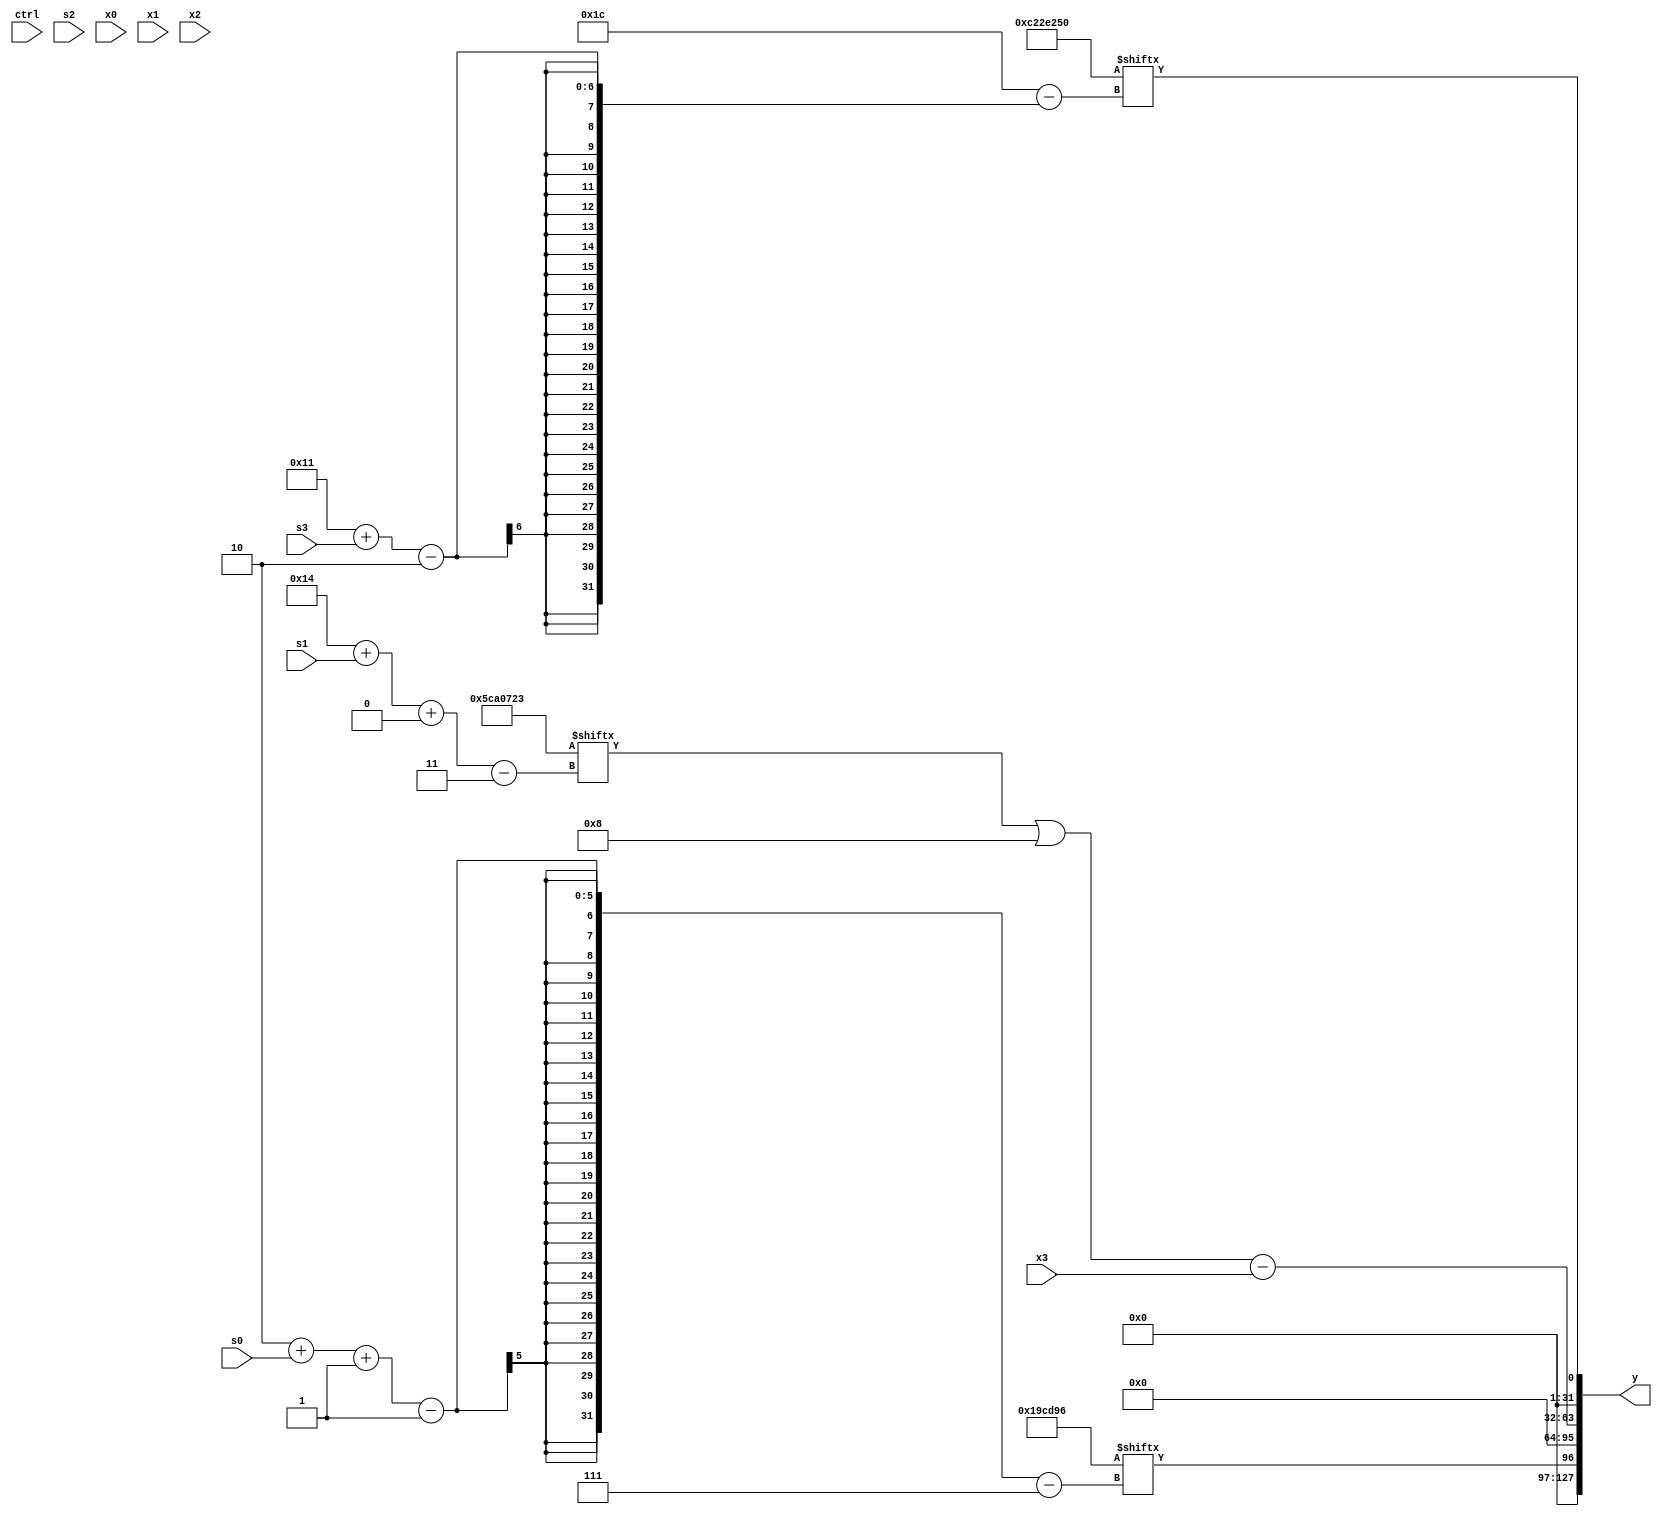
module partsel_00508(ctrl, s0, s1, s2, s3, x0, x1, x2, x3, y);
  input [3:0] ctrl;
  input [2:0] s0;
  input [2:0] s1;
  input [2:0] s2;
  input [2:0] s3;
  input signed [31:0] x0;
  input [31:0] x1;
  input [31:0] x2;
  input [31:0] x3;
  wire [27:3] x4;
  wire signed [25:0] x5;
  wire [1:25] x6;
  wire signed [24:7] x7;
  wire [3:28] x8;
  wire [27:2] x9;
  wire [1:26] x10;
  wire signed [5:24] x11;
  wire signed [24:1] x12;
  wire signed [4:27] x13;
  wire [26:3] x14;
  wire [7:27] x15;
  output [127:0] y;
  wire [31:0] y0;
  wire [31:0] y1;
  wire signed [31:0] y2;
  wire [31:0] y3;
  assign y = {y0,y1,y2,y3};
  localparam signed [2:30] p0 = 740483664;
  localparam signed [25:2] p1 = 992776024;
  localparam signed [29:3] p2 = 231343907;
  localparam signed [29:7] p3 = 647613846;
  assign x4 = x1[14 + s0 -: 3];
  assign x5 = (p1 + ((p3[18 + s3] - p0[14 -: 1]) - ({2{(x0[9 + s0 +: 6] & p2[6 + s3 +: 3])}} | (x3[14 +: 3] ^ {2{x4[29 + s1 -: 3]}}))));
  assign x6 = x5[13 + s3];
  assign x7 = ({2{(ctrl[2] && !ctrl[2] || ctrl[3] ? p3 : (!ctrl[0] || !ctrl[2] && !ctrl[1] ? p1[6 + s1] : (x3 - x3[5 + s0 -: 2])))}} ^ p3);
  assign x8 = x1[5 + s0];
  assign x9 = p3;
  assign x10 = p1[19 +: 1];
  assign x11 = p0[11];
  assign x12 = {p0[19 + s2 +: 1], p3[8 +: 4]};
  assign x13 = p3[21 -: 3];
  assign x14 = {2{p1[11 +: 1]}};
  assign x15 = x14[13 + s3 -: 5];
  assign y0 = p3[2 + s0 -: 1];
  assign y1 = p2[14];
  assign y2 = ((p2[20 + s1 +: 2] | p0[20 -: 4]) - x3);
  assign y3 = p0[17 + s3];
endmodule